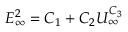
E _ { \infty } ^ { 2 } = C _ { 1 } + C _ { 2 } U _ { \infty } ^ { C _ { 3 } }